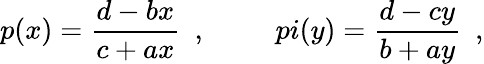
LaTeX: p(x)=\frac{d-bx}{c+ax}\ \ ,\ \ \ \ \ \ \ \ \ \, pi(y)=\frac{d-cy}{b+ay}\ \ ,